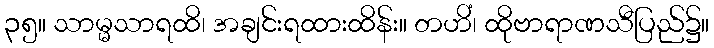
၃၅။ သာမ္မသာရထိ၊ အချင်းရထားထိန်း။ တဟိံ၊ ထိုဗာရာဏသီပြည်၌။